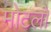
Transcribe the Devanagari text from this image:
मोटलों